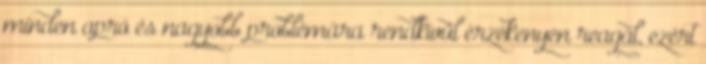
minden apró és nagyobb problémára rendkívül érzékenyen reagál, ezért